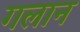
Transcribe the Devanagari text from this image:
गलान